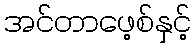
အင်တာဖေ့စ်နှင့်